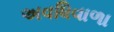
અવધિવાળા